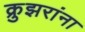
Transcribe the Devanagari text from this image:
क्रुझरांना